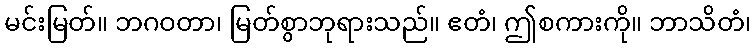
မင်းမြတ်။ ဘဂဝတာ၊ မြတ်စွာဘုရားသည်။ ဧတံ၊ ဤစကားကို။ ဘာသိတံ၊